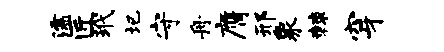
濡匠玳圮守舟膺邢象棘穿